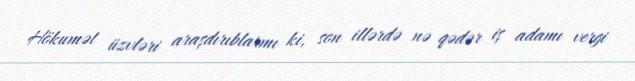
Hökumət üzvləri araşdırıblarmı ki, son illərdə nə qədər iş adamı vergi